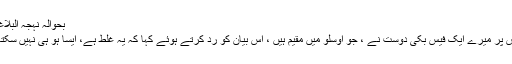
بحوالہ نہجہ البلاغہ
اس پر میرے ایک فیس بُکی دوست نے ، جو اوسلو میں مقیم ہیں ، اس بیان کو رد کرتے ہوئے کہا کہ یہ غلط ہے، ایسا ہو ہی نہیں سکتا ۔